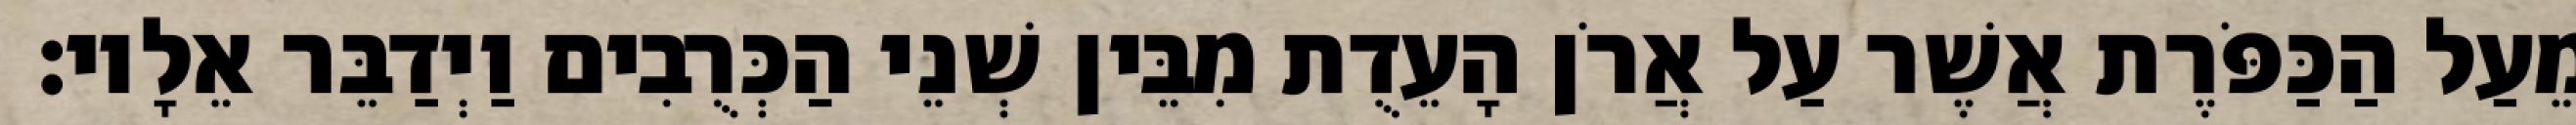
מֵעַל הַכַּפֹּרֶת אֲשֶׁר עַל אֲרֹן הָעֵדֻת מִבֵּין שְׁנֵי הַכְּרֻבִים וַיְדַבֵּר אֵלָיו׃